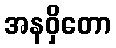
အနဝှိတော